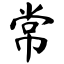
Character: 常